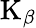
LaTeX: \mathrm{K}_{\beta}